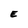
Character: E